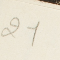
21